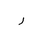
Letter: _ra